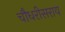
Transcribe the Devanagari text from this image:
चौधरीसराय